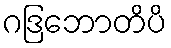
ဂဒြဘောတိပိ